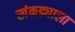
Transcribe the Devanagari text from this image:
खेकड्याला